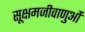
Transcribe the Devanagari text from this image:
सूक्षमजीवाणुओं